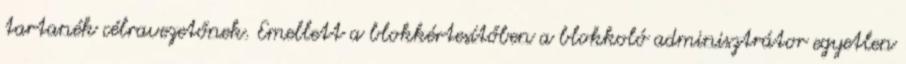
tartanék célravezetőnek. Emellett a blokkértesítőben a blokkoló adminisztrátor egyetlen